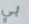
بي